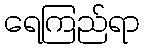
ရေကြည်ရာ